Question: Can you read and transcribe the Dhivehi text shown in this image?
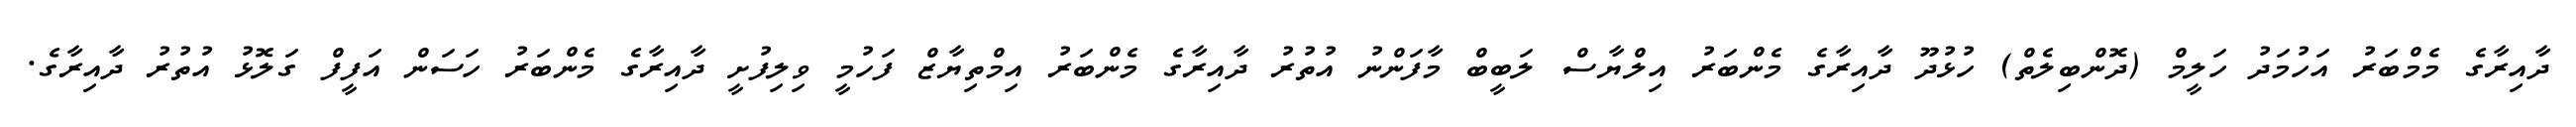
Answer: ދާއިރާގެ މެމްބަރު އަހުމަދު ހަލީމް (ދޮންބިލެތް) ހުޅުދޫ ދާއިރާގެ މެންބަރު އިލްޔާސް ލަބީބް މާފަންނު އުތުރު ދާއިރާގެ މެންބަރު އިމްތިޔާޒް ފަހުމީ ވިލިފުށީ ދާއިރާގެ މެންބަރު ހަސަން އަފީފް ގަލޮޅު އުތުރު ދާއިރާގެ.